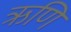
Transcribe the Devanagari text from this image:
ऋणि